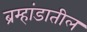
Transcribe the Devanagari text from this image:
ब्रम्हांडातील